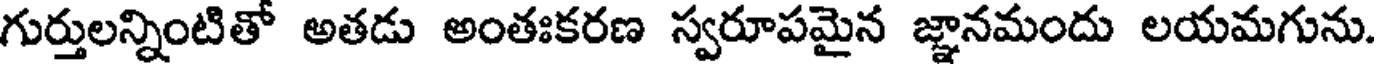
గుర్తులన్నింటితో అతడు అంతఃకరణ స్వరూపమైన జ్ఞానమందు లయమగును.